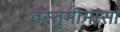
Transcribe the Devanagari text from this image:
वस्तुमीमांसा